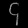
Digit: ၄